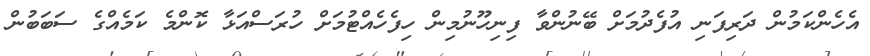
އެހެންކަމުން ދަރިފަނި އުފެދުމަށް ބޭނުންވާ ފިނިހޫނުމިން ހިފެހެއްޓުމަށް ހުރަސްއަޅާ ކޮންމެ ކަމެއްގެ ސަބަބުން